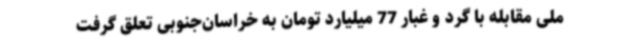
ملی مقابله با گرد و غبار 77 میلیارد تومان به خراسان‌جنوبی تعلق گرفت